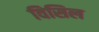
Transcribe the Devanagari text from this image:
विसिल